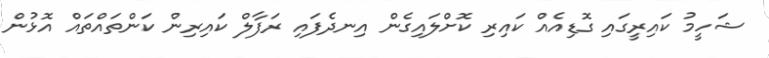
ޝަހީމު ކައިރީގައި ގޮޑިއެއް ކައިރި ކޮށްލައިގެން އިނދެފައި ރަފާލް ކައިރިން ކަންތައްތައް އޮޅުން